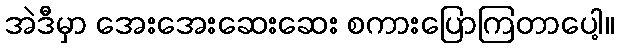
အဲဒီမှာ အေးအေးဆေးဆေး စကားပြောကြတာပေါ့။